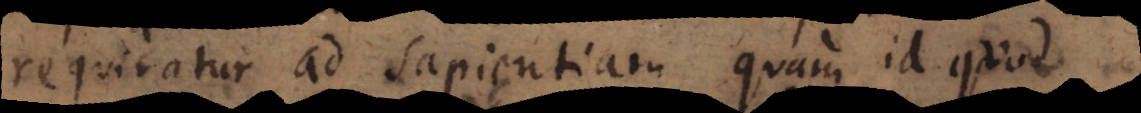
requiratur ad sapientiam quam id quod